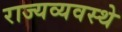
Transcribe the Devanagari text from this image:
राज्यव्यवस्थे